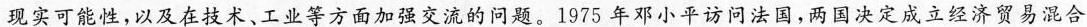
现实可能性，以及在技术、工业等方面加强交流的问题。1975年邓小平访问法国，两国决定成立经济贸易混合